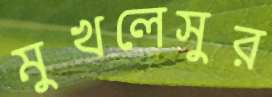
মুখলেসুর